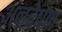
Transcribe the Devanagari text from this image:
अनवेषण